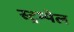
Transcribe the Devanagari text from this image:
स्ट्रम्पेल